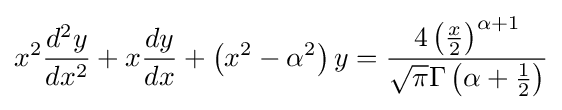
x^{2}{\frac {d^{2}y}{dx^{2}}}+x{\frac {dy}{dx}}+\left(x^{2}-\alpha ^{2}\right)y={\frac {4\left({\frac {x}{2}}\right)^{\alpha +1}}{{\sqrt {\pi }}\Gamma \left(\alpha +{\frac {1}{2}}\right)}}